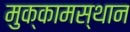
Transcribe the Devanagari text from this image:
मुक्कामस्थान